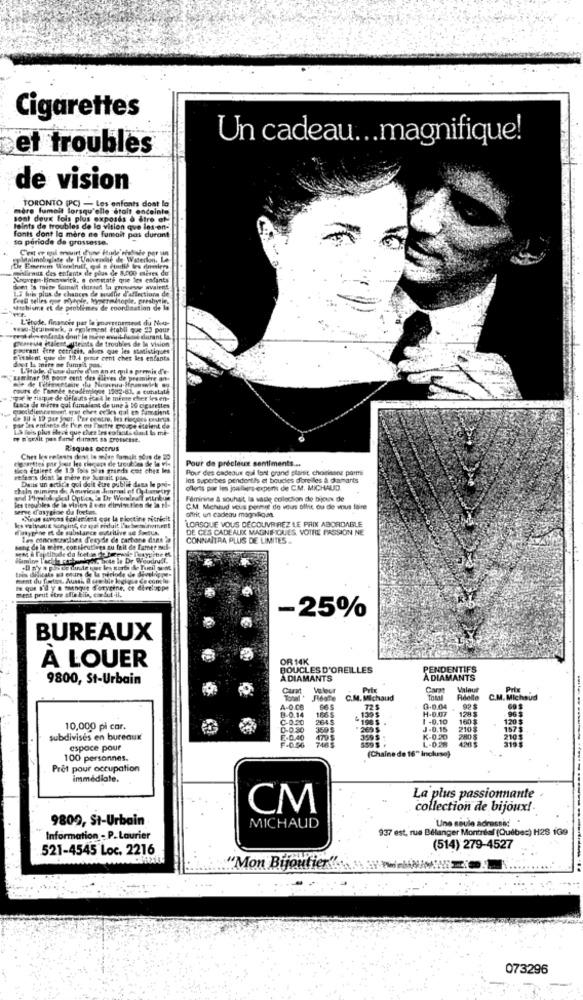
Cigarettes
Un cadeau ... magnifique!
et troubles
de vision
mère fumait lorsqu'elle était enceinte
TORONTO (PC) - Les enfants dont la
sont deux fois plus exposds o dire of-
Joints de troubles de la vision que les-en-
to periode de grossesse.
fonts dont la mère ne fumait pas durant
Metnimobuglate de l'Universle de Waterlon, Le
De Beers Weerdlnill, qui n Portie les enesiero
alienus des enfants de plus de 8200 miles du
Xogreen.Brunswick. 8 orestati que les enfants
Ise tuin plus de chances de aultis d'affectiona de
Feed telles que Hoyhple, Nypermetopie. presbytie.
watshisme et de problèmes de coordination de la
L'étude, financée par le gouvernement du Note-
www.dramawk, a également établi que 23 pour
(CaMe diese Meinte de troubles de la vision
mitalys enfants dont le mese enuit Base durant la.
pourtant fre cetritis, alors que les statistiques
Pitaient gur de 10.4 pror cent ches les enfants
don't la mite me fumpit pas.
Lytode, d'une dure d'in on et qui a permis d'e-
caminar 08 poor cent des Cleves de première an
cours de Fannée academiegue 1982.81, a constaté
que le risque de deleats joel le meme cher les en-
faste de mure qui fumaient de une a 10 cigarettes
1.4 Fois plus Hece que chez les enfants dat la mi-
at its enfants de l'en nu Thetre groupe dtelent de
my D'orsit pas fare dont sa grossesse.
Risques occrus
Chet kw relents dans le miep famalt sou
te 20
Pour de précieux sentiments ...
sion italent de 1.9 fois plus grands cot ches les
Pour des cadeaux qui font grand plaisir choirinone pormi
Dans un artic'e qui doit être publik dans le pri-
les superbes pendentes et boucles d'oreilles a damarts
chain mumera de American dar al of 0 Lepriry
offerts por les joellers experts de C.M. MICHAUD.
unid Philologiedl Optics in Dr Werdraft mitriue
Féminine & souhait, la vasle collection de bijoux de
les troubles de la vision & ont dirvioutien de la fle
me dasygioe da fortes.
C.M. Michaud vous permet de vous ollit ou de vous faire
Cirur svens fes miett cor la pioctine nitricit
offrit un cadeau magnifica.
LORSQUE VOUS DÉCOUVRIREZ LE PRIX ABORDABLE
Matygine et de substance outritive se foetus
DE CES CADEAUX MAGNIFIQUES, VOTRE PASSION NE
Las concessamisea fegydie de cartone dans
CONNAITRA PLUS DE LIMITES ..
hang de la mère, consecutives au fait de famer mo
as toote le Dr Wood
ment du foetus. Aussi, Il tas bir logique de contlu
te que n'il y'a mangut foryeine, of direloppe
ment pritt etre alle blis, cor lut-il.
-25%
BUREAUX
OR 14K
À LOUER
BOUCLES D'OREILLES
PENDENTIFS
9800, St-Urbain
ADIAMANTS
A DIAMANTS
Cars
Valeur
Prix
Reste
C.M. Michaud
Adelle
C.M. Michoud
8-0.14
A-0.06
965
106$
H-0.07
3.0.04
128 5
925
C-0.20
2645
198 $
1 -0.10
160$
120 $
10,000 pi cor.
0-0.30
269 $
J.0.16
2105
1573
subdivisés en bureaux
2-0.40
F.0.50
479 $
399$ 1
L-028
K-020
280 8
210
espace pour
(Chaine de 16" Inchese)
100 personnes.
Pret pour occupation
immédiate.
La plus passionnante
CM
collection de bijoux !.
9809, St-Urbain
Une seule adresse: "
MICHAUD
937 est, rue Bélanger Montréal (Québec) H28 109
Information - P. Laurier
521-4545 Loc. 2216
(514) 279-4527
"Mon Bijoutier"
073296